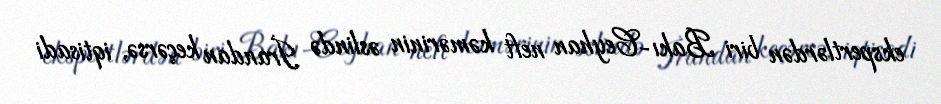
ekspertlərdən biri Bakı-Ceyhan neft kəmərinin əslində İrandan keçərsə, iqtisadi